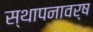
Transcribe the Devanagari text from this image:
स्थापनावर्ष